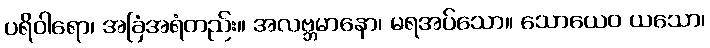
ပရိဝါရော၊ အခြံအရံတည်း။ အလဗ္ဘမာနော၊ မရအပ်သော။ သောယေဝ ယသော၊